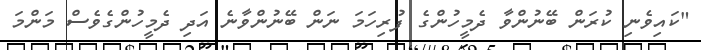
"ކައިވެނި ކުރަން ބޭނުންވާ ދެމީހުންގެ ފުރިހަމަ ނަން ބޭނުންވާނެ އަދި ދެމީހުންގެވެސް މަންމަ